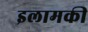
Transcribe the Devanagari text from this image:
इलामकी